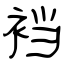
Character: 裆